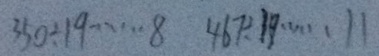
3 5 0 \div 1 9 \cdots 8 4 6 7 \div 1 9 \cdots 1 1